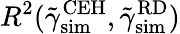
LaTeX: R^{2}(\tilde{\gamma}_{\mathrm{sim}}^{\mathrm{CEH}},\tilde{\gamma}_{\mathrm{sim}}^{\mathrm{RD}})